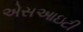
એસઆઇટી